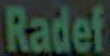
Radef